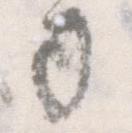
司